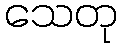
သေတု